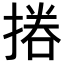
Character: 𢰪